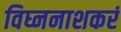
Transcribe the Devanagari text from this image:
विघ्ननाशकरं